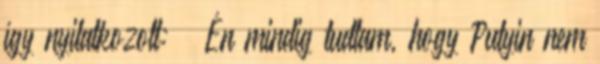
így nyilatkozott: „ Én mindig tudtam, hogy Putyin nem